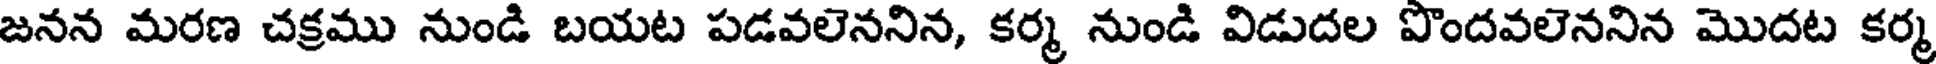
జనన మరణ చక్రము నుండి బయట పడవలెననిన, కర్మ నుండి విడుదల పొందవలెననిన మొదట కర్మ